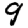
Digit: 9